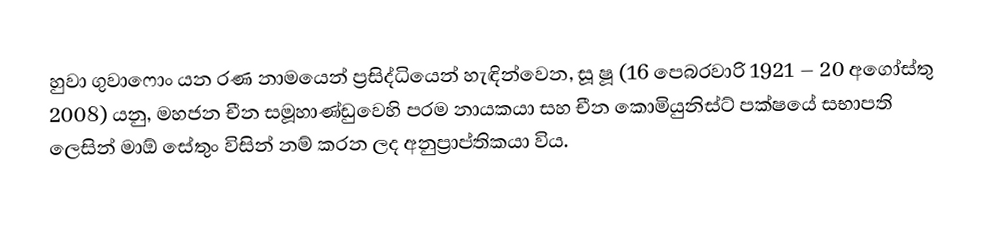
හුවා ගුවාෆොං යන රණ නාමයෙන් ප්‍රසිද්ධියෙන් හැඳින්වෙන, සූ ෂූ (16 පෙබරවාරි 1921 – 20 අගෝස්තු 2008) යනු, මහජන චීන සමූහාණ්ඩුවෙහි පරම නායකයා  සහ චීන කොමියුනිස්ට් පක්ෂයේ සභාපති ලෙසින් මාඕ සේතුං විසින් නම් කරන ලද අනුප්‍රාප්තිකයා විය.